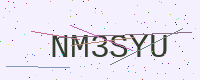
Text: NM3SYU